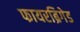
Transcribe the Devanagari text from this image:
फायरब्रिगेड